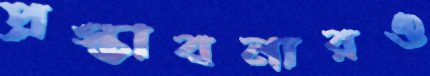
প্রস্তাবনারও